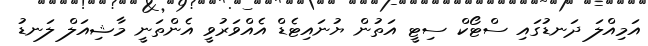
އަމިއްލަ ދަނޑުގައި ސްޓޯކް ސިޓީ އަތުން ޔުނައިޓެޑް އެއްވަރުވީ އެންތަނީ މާޝިއަލް ލަނޑު